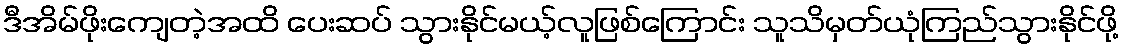
ဒီအိမ်ဖိုးကျေတဲ့အထိ ပေးဆပ် သွားနိုင်မယ့်လူဖြစ်ကြောင်း သူသိမှတ်ယုံကြည်သွားနိုင်ဖို့